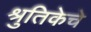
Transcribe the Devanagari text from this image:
श्रुतिकेचे